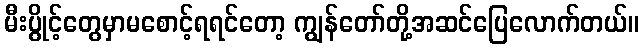
မီးပွိုင့်တွေမှာမစောင့်ရရင်တော့ ကျွန်တော်တို့အဆင်ပြေလောက်တယ်။